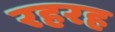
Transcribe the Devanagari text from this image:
रहरह